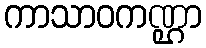
ကာသာဝကဏ္ဌာ